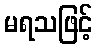
မရသဖြင့်